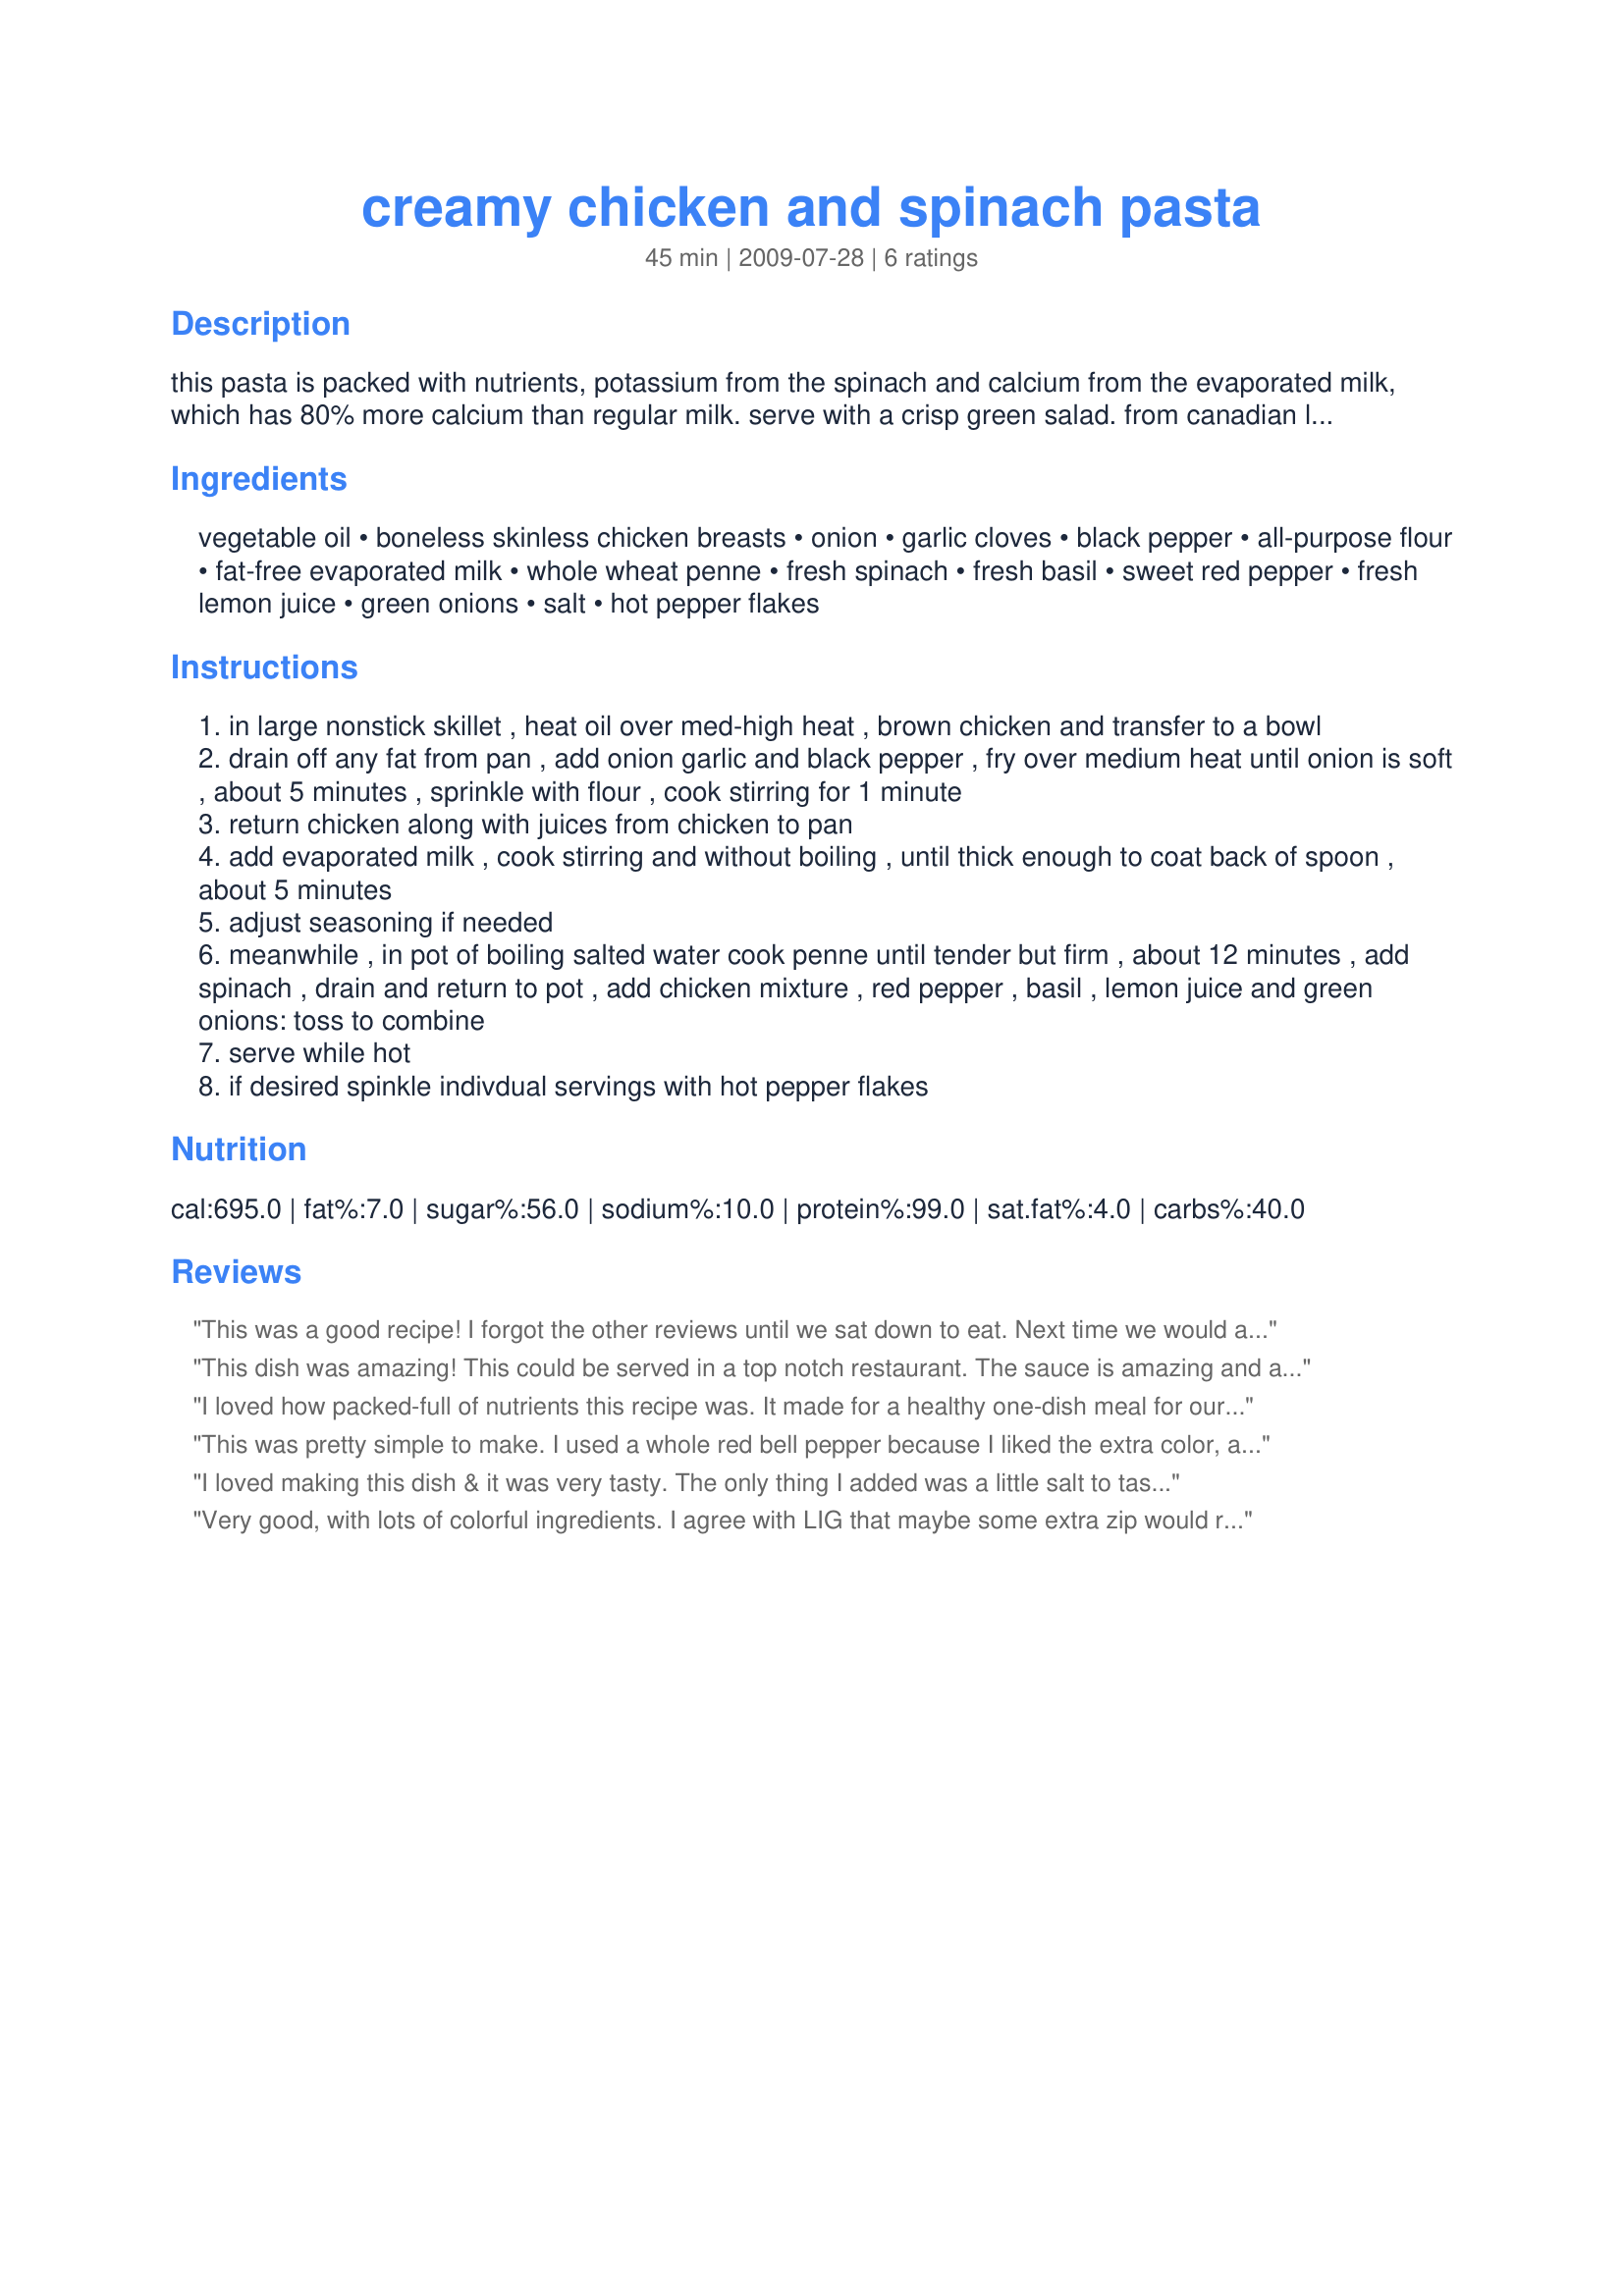
creamy chicken and spinach pasta
Preparation time: 45 minutes

this pasta is packed with nutrients, potassium from the spinach and calcium from the evaporated milk, which has 80% more calcium than regular milk. serve with a crisp green salad.
from canadian living magazine.

Ingredients:
vegetable oil, boneless skinless chicken breasts, onion, garlic cloves, black pepper, all-purpose flour, fat-free evaporated milk, whole wheat penne, fresh spinach, fresh basil, sweet red pepper, fresh lemon juice, green onions, salt, hot pepper flakes

Steps:
in large nonstick skillet , heat oil over med-high heat , brown chicken and transfer to a bowl
drain off any fat from pan , add onion garlic and black pepper , fry over medium heat until onion is soft , about 5 minutes , sprinkle with flour , cook stirring for 1 minute
return chicken along with juices from chicken to pan
add evaporated milk , cook stirring and without boiling , until thick enough to coat back of spoon , about 5 minutes
adjust seasoning if needed
meanwhile , in pot of boiling salted water cook penne until tender but firm , about 12 minutes , add spinach , drain and return to pot , add chicken mixture , red pepper , basil , lemon juice and green onions: toss to combine
serve while hot
if desired spinkle indivdual servings with hot pepper flakes

Reviews:
This was a good recipe! I forgot the other reviews until we sat down to eat. Next time we would add salt, and some red pepper flakes. I used a whole box of rotini pasta, and it made a TON. I'll cut down on that next time, otherwise, it would have served 6.
This dish was amazing! This could be served in a top notch restaurant. The sauce is amazing and all the flavors complement each other. We will definitely make this again!
I loved how packed-full of nutrients this recipe was. It made for a healthy one-dish meal for our family. The use of fat-free evaporated milk is brilliant and it thickens up quite nicely, making a thick white sauce. Yum! The only change I'd like to make for next time is to add a little spice. We felt it needed just a little something more - mabye crushed red pepper flakes.? Thanks for the great recipe!
This was pretty simple to make. I used a whole red bell pepper because I liked the extra color, and I added about a teaspoon of salt to bring out the flavor. My 2 year old twins loved it!!!
I loved making this dish & it was very tasty. The only thing I added was a little salt to taste after dishing it out. I would definitely make this again!
Very good, with lots of colorful ingredients. I agree with LIG that maybe some extra zip would really kick it up a notch. I used whole-wheat rotini, since they were out of the whole-wheat penne at the stores (there seems to have been a run on pasta for some reason, and it was slim pickins'!) Thanks for sharing!
